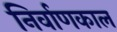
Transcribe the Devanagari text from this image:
निर्वाणकाल